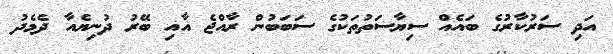
އަދި ސަރުކާރުގެ ބައެއް ސިޔާސަތުތަކުގެ ސަބަބުން ރާއްޖެ އާއި ބޭރު ދުނިޔެއާ ދެމެދު